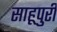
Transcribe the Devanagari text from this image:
साहूपुरी